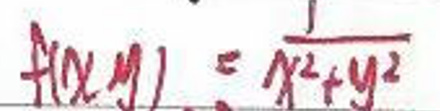
$f(x,y)=\frac{1}{x^2 + y^2}$